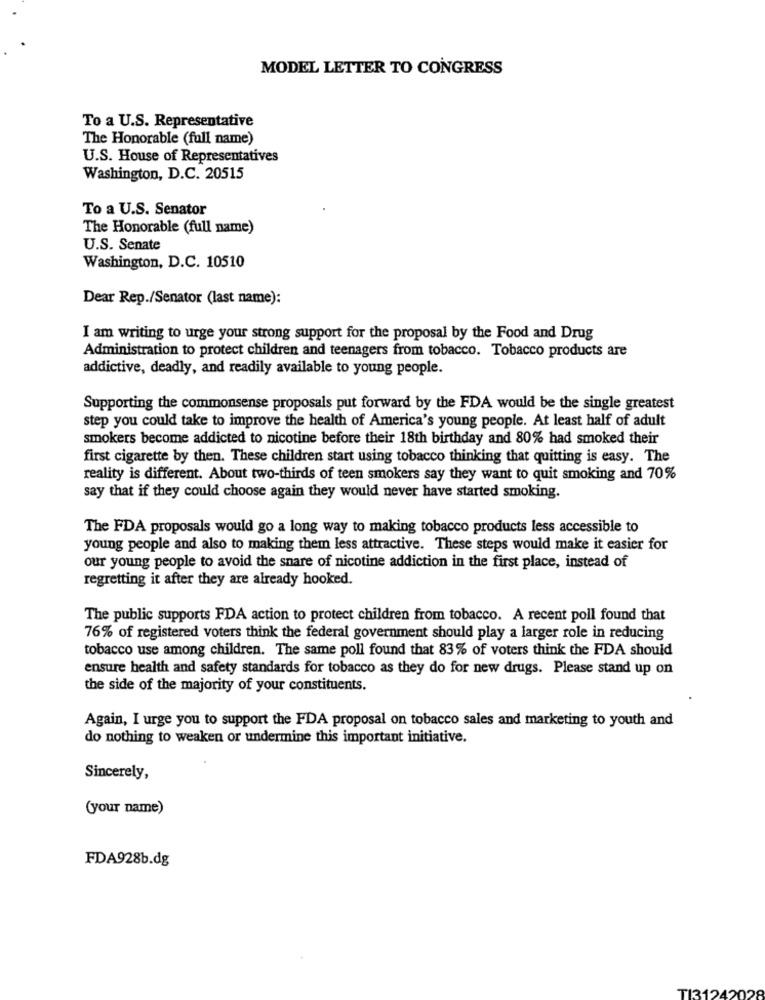
MODEL LETTER TO CONGRESS
To a U.S. Representative
The Honorable (full name)
U.S. House of Representatives
Washington, D.C. 20515
To a U.S. Senator
The Honorable (full name)
U.S. Senate
Washington, D.C. 10510
Dear Rep./Senator (last name):
I am writing to urge your strong support for the proposal by the Food and Drug
Administration to protect children and teenagers from tobacco. Tobacco products are
addictive, deadly, and readily available to young people.
Supporting the commonsense proposals put forward by the FDA would be the single greatest
step you could take to improve the health of America's young people. At least half of adult
smokers become addicted to nicotine before their 18th birthday and 80% had smoked their
first cigarette by then. These children start using tobacco thinking that quitting is easy. The
reality is different. About two-thirds of teen smokers say they want to quit smoking and 70%
say that if they could choose again they would never have started smoking.
The FDA proposals would go a long way to making tobacco products less accessible to
young people and also to making them less attractive. These steps would make it easier for
our young people to avoid the snare of nicotine addiction in the first place, instead of
regretting it after they are already hooked.
The public supports FDA action to protect children from tobacco. A recent poll found that
76% of registered voters think the federal government should play a larger role in reducing
tobacco use among children. The same poll found that 83% of voters think the FDA should
ensure health and safety standards for tobacco as they do for new drugs. Please stand up on
the side of the majority of your constituents.
Again, I urge you to support the FDA proposal on tobacco sales and marketing to youth and
do nothing to weaken or undermine this important initiative.
Sincerely,
(your name)
FDA928b.dg
TI31242028